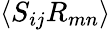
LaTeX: \langle S_{ij}R_{mn}\rangle